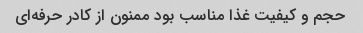
حجم و کیفیت غذا مناسب بود ممنون از کادر حرفه‌ای